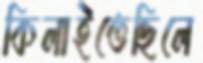
কিলাইতেছিলে